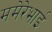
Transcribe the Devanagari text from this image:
ममेरेभाई